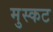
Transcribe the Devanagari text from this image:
मुस्कट